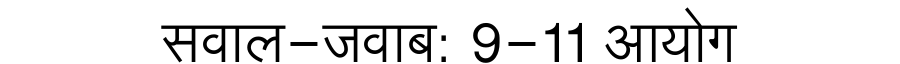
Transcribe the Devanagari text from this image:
सवाल-जवाब: 9-11 आयोग